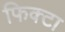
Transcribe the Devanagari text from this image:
फिक्टा